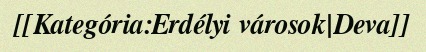
[[Kategória:Erdélyi városok|Deva]]